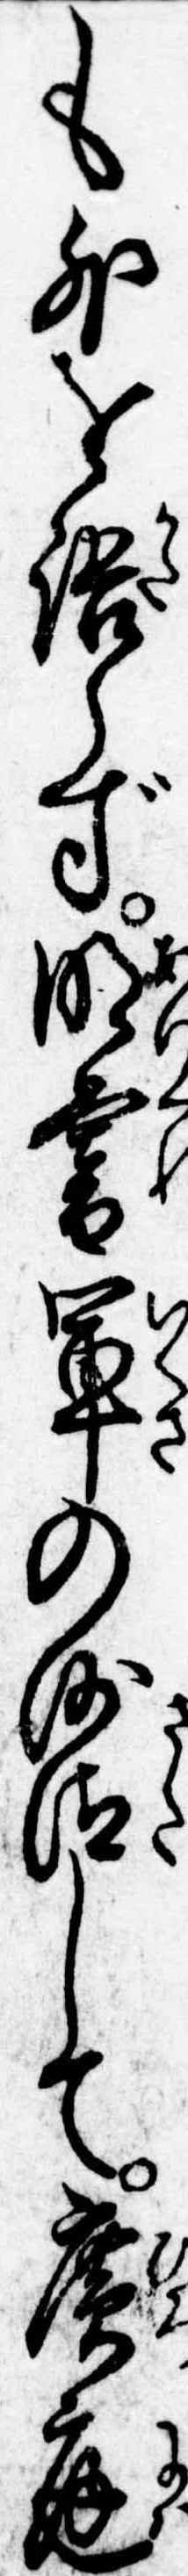
も外を語らず明暮軍の沙汰して広庭